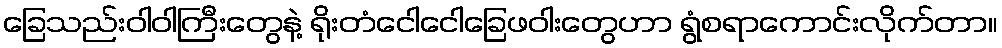
ခြေသည်းဝါဝါကြီးတွေနဲ့ ရိုးတံငေါငေါခြေဖဝါးတွေဟာ ရွံစရာကောင်းလိုက်တာ။